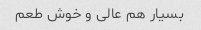
بسیار هم عالی و خوش طعم